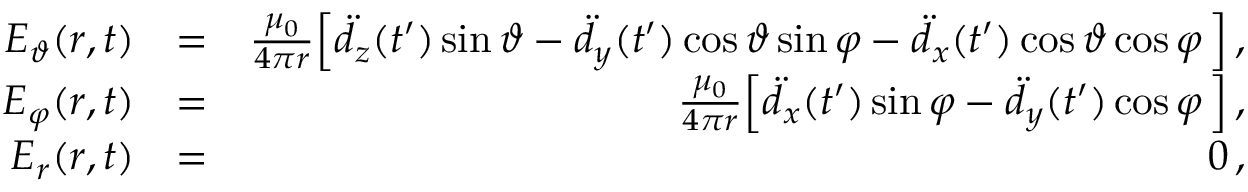
\begin{array} { r l r } { E _ { \vartheta } ( \boldsymbol { r } , t ) } & { = } & { \frac { \mu _ { 0 } } { 4 \pi r } \Big [ \ddot { d } _ { z } ( t ^ { \prime } ) \sin \vartheta - \ddot { d } _ { y } ( t ^ { \prime } ) \cos \vartheta \sin \varphi - \ddot { d } _ { x } ( t ^ { \prime } ) \cos \vartheta \cos \varphi \, \Big ] \, , } \\ { E _ { \varphi } ( \boldsymbol { r } , t ) } & { = } & { \frac { \mu _ { 0 } } { 4 \pi r } \Big [ \ddot { d } _ { x } ( t ^ { \prime } ) \sin \varphi - \ddot { d } _ { y } ( t ^ { \prime } ) \cos \varphi \, \Big ] \, , } \\ { E _ { r } ( \boldsymbol { r } , t ) } & { = } & { 0 \, , } \end{array}